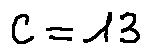
c = 1 3